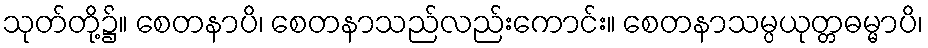
သုတ်တို့၌။ စေတနာပိ၊ စေတနာသည်လည်းကောင်း။ စေတနာသမ္ပယုတ္တဓမ္မာပိ၊